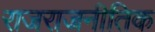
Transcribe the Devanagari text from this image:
राजराजनीतिक